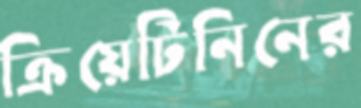
ক্রিয়েটিনিনের